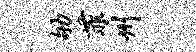
劬菲州